Report on horse surra - Volume I
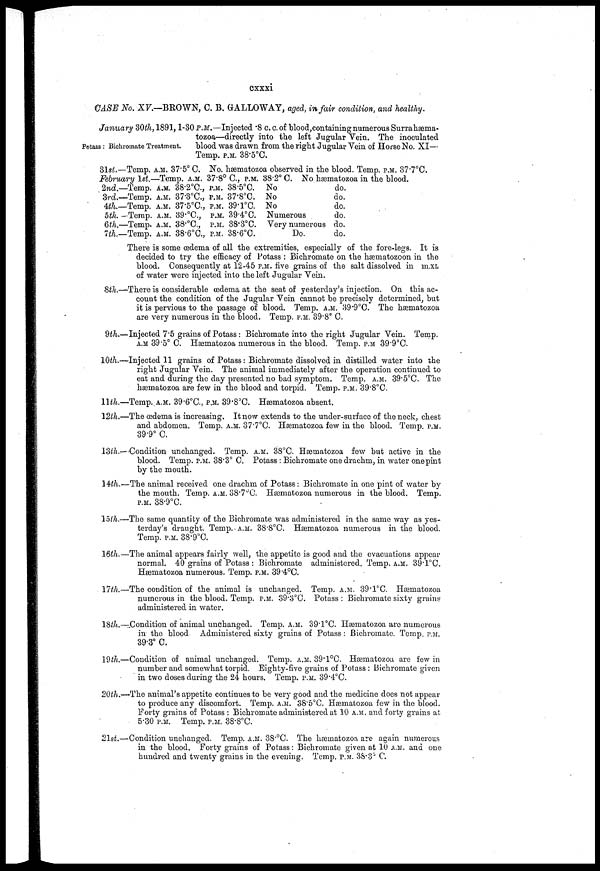
cxxxi
CASE No. XV.—BROWN, C. B. GALLOWAY, aged, in fair condition, and healthy.
Potass: Bichromate Treatment.
January 30th, 1891,1-30 P.M.—Injected .8 c. c. of blood,containing numerous Surrahæma-
tozoa—directly into the left Jugular Vein. The inoculated
blood was drawn from the right Jugular Vein of Horse No. XI—
31st.—Temp. a.m. 37.5° C. No. hæmatozoa observed in the blood. Temp. P.M. 37.7°C.
February 1st.—Temp. A.M. 37.8° C., P.M. 38.2° C. No hæmatozoa in the blood.
2nd.
3rd.
4th.
5th.
6th.
7th.
—Temp.
—Temp.
—Temp.
—Temp.
—Temp.
—Temp.
A.M.
A.M.
A.M.
A.M.
A.M.
A.M.
38.2°C,
37.3°C,
37.5°C,
39.°C,
38.°C,
38.6°C,
P.M.
P.M.
P.M.
P.M.
P.M.
P.M.
38.5°C.
37.8°C.
39.l°C.
39.4°C.
38.3°C.
38.6°C.
No
No
No
Numerous
Very numerous
Do.
do.
do.
do.
do.
do.
do.
There is some oedema of all the extremities, especially of the fore-legs. It is
decided to try the efficacy of Potass : Bichromate on the hæmatozoon in the
blood. Consequently at 12-45 P.M. five grains of the salt dissolved in m.XL
of water were injected into the left Jugular Vein.
8th.—There is considerable œdema at the seat of yesterday's injection. On this ac-
count the condition of the Jugular Vein cannot be precisely determined, but
it is pervious to the passage of blood. Temp. A.M. 39.9°C. The hæmatozoa
are very numerous in the blood. Temp. P.M. 89.8° C.
9th.—Injected 7.5 grains of Potass : Bichromate into the right Jugular Vein. Temp.
A.M 39.5° C. Hæmatozoa numerous in the blood. Temp, P.M 39.9°C.
10th.— Injected 11 grains of Potass: Bichromate dissolved in distilled water into the
right Jugular Vein. The animal immediately after the operation continued to
eat and during the day presented no bad symptom. Temp. A.M. 39.5°C. The
hæmatozoa are few in the blood and torpid. Temp. P.M. 39.8°C.
11th.—Temp. A.M. 39.6°C., P.M. 39.8°C. Hæmatozoa absent.
12th.—The œdema is increasing. It now extends to the under-surface of the neck, chest
and abdomen. Temp. A.M. 87.7°C. Hæmatozoa few in the blood. Temp. P.M.
39.9° C.
13th.—Condition unchanged. Temp. A.M. 38°C. Hæmatozoa few but active in the
blood. Temp. P.M. 38.3° C. Potass : Bichromate one drachm, in water one pint
by the mouth.
14th.—The animal received one drachm of Potass; Bichromate in one pint of water by
the mouth. Temp. A.M. 38.7°C. Hæmatozoa numerous in the blood. Temp.
P.M. 38.9°C.
15th.—The same quantity of the Bichromate was administered in the same way as yes-
terday's draught. Temp. A.M. 38.8°C. Hæmatozoa numerous in the blood.
Temp. P.M. 38.9°C.
16th.—The animal appears fairly well, the appetite is good and the evacuations appear
normal. 40 grains of Potass : Bichromate administered. Temp. A.M. 39.1°C.
Hæmatozoa numerous. Temp. P.M. 39.4°C.
17th.—The condition of the animal is unchanged. Temp. A.M. 39.1°C. Hæmatozoa
numerous in the blood. Temp. P.M. 39.3°C. Potass : Bichromate sixty grains
administered in water.
18th.—.Condition of animal unchanged. Temp. A.M. 39.1°C. Hæmatozoa are numerous
in the blood. Administered sixty grains of Potass : Bichromate. Temp. P.M.
39.3° C.
19th.—Condition of animal unchanged. Temp. A.M. 39.1°C. Hæmatozoa are few in
number and somewhat torpid. Eighty-five grains of Potass : Bichromate given
in two doses during the 24 hours. Temp. P.M. 39.4°C.
20th.—The animal's appetite continues to be very good and the medicine does not appear
to produce any discomfort. Temp. A.M. 38.5°C. Hæmatozoa few in the blood.
Forty grains of Potass : Bichromate administered at 10 A.M. and forty grains at
5.30 P.M. Temp. P.M. 38.8°C.
21st.—Condition unchanged. Temp. A.M. 38°C. The hæmatozoa are again numerous
in the blood. Forty grains of Potass: Bichromate given at 10 A.M. and one
hundred and twenty grains in the evening. Temp. P.M. 38.3°C.